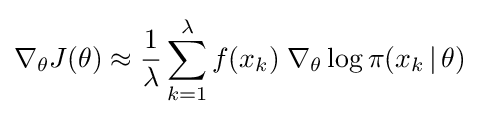
\nabla _{\theta }J(\theta )\approx {\frac {1}{\lambda }}\sum _{k=1}^{\lambda }f(x_{k})\;\nabla _{\theta }\log \pi (x_{k}\,|\,\theta )